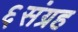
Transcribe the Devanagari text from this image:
६संग्रह